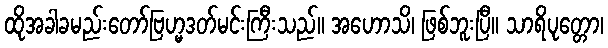
ထိုအခါခမည်းတော်ဗြဟ္မဒတ်မင်းကြီးသည်။ အဟောသိ၊ ဖြစ်ဘူးပြီ။ သာရိပုတ္တော၊